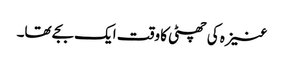
عنیزہ کی چھٹی کا وقت ایک بجے تھا۔